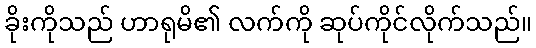
ခိုးကိုသည် ဟာရုမိ၏ လက်ကို ဆုပ်ကိုင်လိုက်သည်။